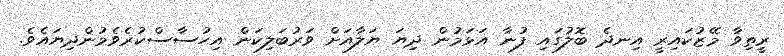
ރީތިވާ މޭޒުކައިރީ އިނދެ ބޮލުގައި ފުނާ އަޅަމުން ދިޔަ ޔަލާއަށް ވަރުބަލިކަން އިހުސާސްކުރެވެމުންދިޔައެވެ.